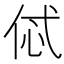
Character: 𠈸